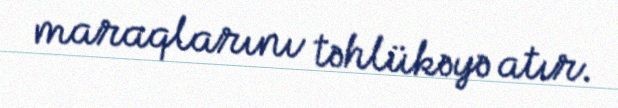
maraqlarını təhlükəyə atır.